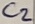
Text: C2